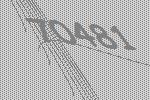
70481